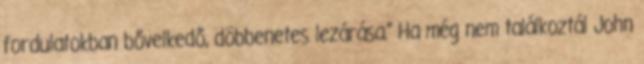
fordulatokban bővelkedő, döbbenetes lezárása." Ha még nem találkoztál John